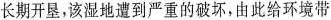
长期开垦，该湿地遭到严重的破坏，由此给环境带